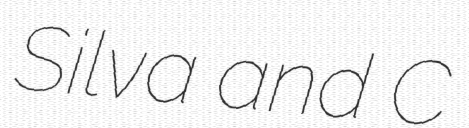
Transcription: Silva and C